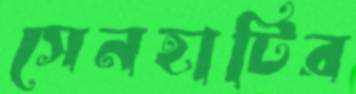
সেনহাটির